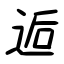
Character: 逅